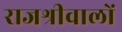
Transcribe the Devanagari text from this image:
राजश्रीवालों